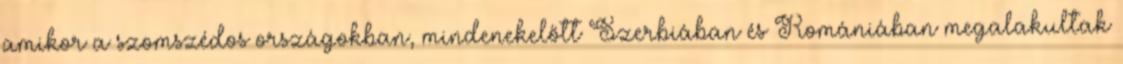
amikor a szomszédos országokban, mindenekelőtt Szerbiában és Romániában megalakultak